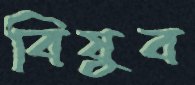
বিষুব